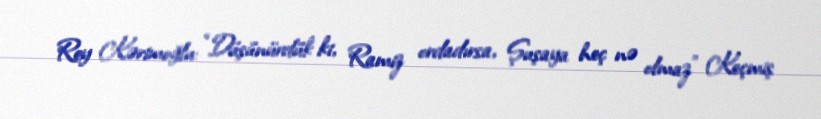
Rey Kərimoğlu: “Düşünürdük ki, Ramiz ordadırsa, Şuşaya heç nə olmaz” Keçmiş